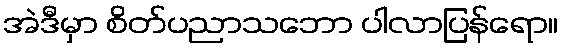
အဲဒီမှာ စိတ်ပညာသဘော ပါလာပြန်ရော။